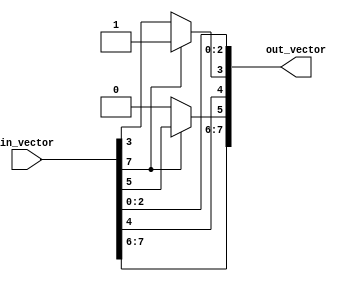
module bit_select_assign (
    input [7:0] in_vector,
    output [7:0] out_vector
);

// Behavioral modeling block for bit-select assign statement
always @* begin
    // Select and assign bit at index 3 of in_vector to 1 if bit at index 7 is 1
    if (in_vector[7] == 1) begin
        out_vector = in_vector;
        out_vector[3] = 1;
    end
    // Select and assign bit at index 5 of in_vector to 0 if bit at index 7 is 0
    else begin
        out_vector = in_vector;
        out_vector[5] = 0;
    end
end

endmodule